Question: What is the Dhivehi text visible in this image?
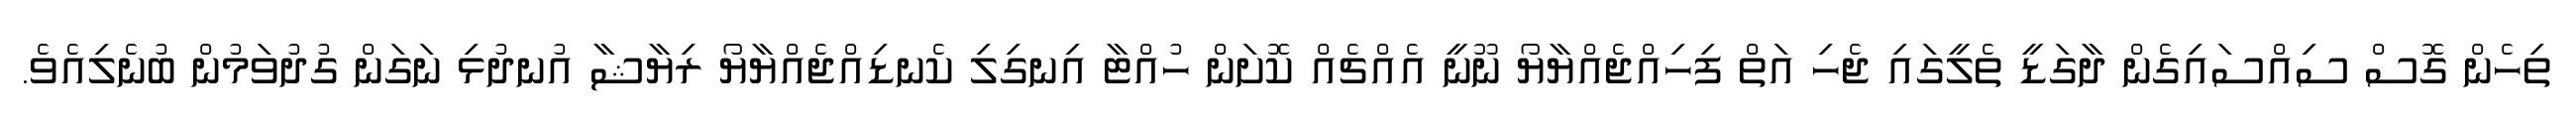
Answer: ތިހެން ގޮސް ސިއްސައިގެން ދާގަޑީ ތެލީގައި ޖެހި އަތް ފިހިއްޖެއްޔާޔޯ ނޫނީ އެއްޗެއް ކޮށަން ހުއްޓާ އިނގިލި ކެނޑިއްޖެއްޔާޔޯ ރިޔާޝާ އުނދުޅި ނަގަން ގުދުވަމުން ބުނެލިއެވެ.